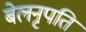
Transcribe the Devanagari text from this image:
बेलनृपति